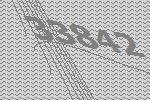
33842